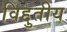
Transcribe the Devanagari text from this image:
विद्दुतीय